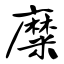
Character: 糜